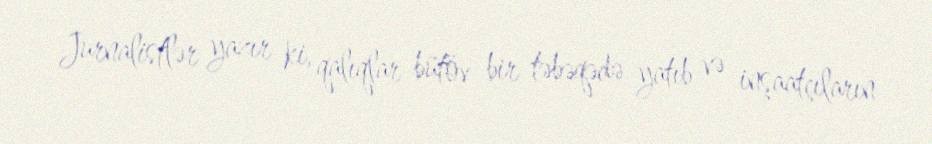
Jurnalistlər yazır ki, qalıqlar bütöv bir təbəqədə yatıb və inşaatçıların